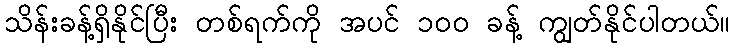
သိန်းခန့်ရှိနိုင်ပြီး တစ်ရက်ကို အပင် ၁၀၀ ခန့် ကျွတ်နိုင်ပါတယ်။